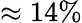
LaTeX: \approx 14\%